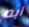
آبه